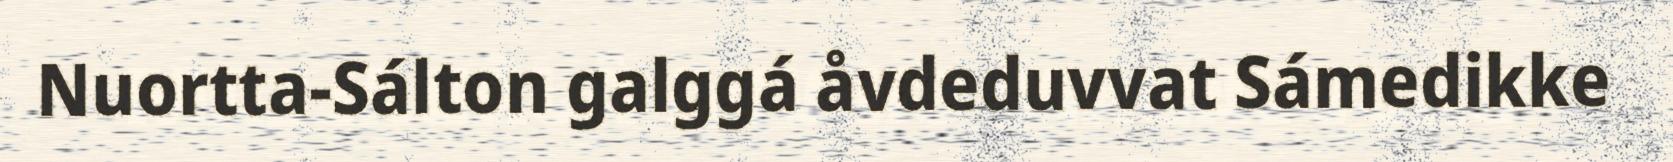
Nuortta-Sálton galggá åvdeduvvat Sámedikke